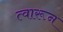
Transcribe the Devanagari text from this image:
त्वारून